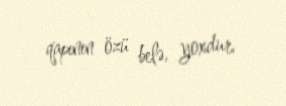
qapının özü belə, yoxdur.